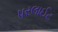
પરલાઈટ